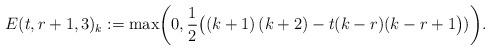
LaTeX: \begin{align*}E (t,r+1,3)_{k} := \max \biggl(0,\frac{1}{2} \bigl((k+1)\,(k+2) - t (k-r) (k-r+1\bigr))\biggr).\end{align*}